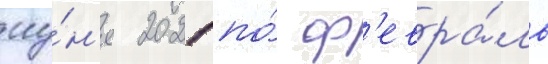
иу́н'я 2021 по́ ф'евра́ль